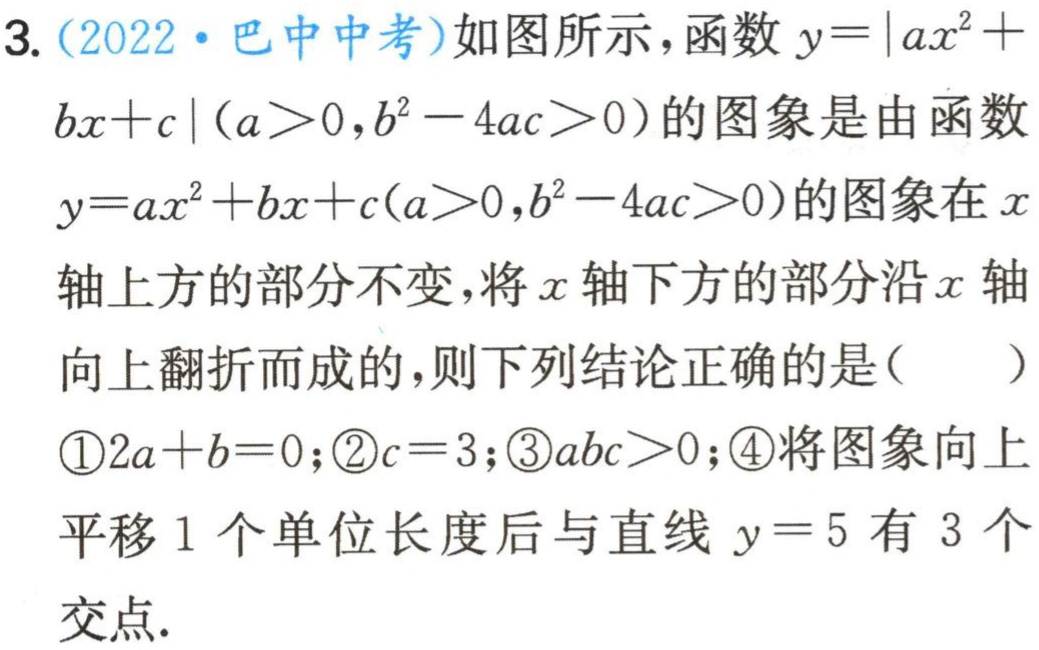
3.（2022·巴中中考）如图所示，函数$y = |ax^{2}+bx + c|(a>0,b^{2}-4ac>0)$的图象是由函数$y = ax^{2}+bx + c(a>0,b^{2}-4ac>0)$的图象在$x$轴上方的部分不变，将$x$轴下方的部分沿$x$轴向上翻折而成的，则下列结论正确的是（  ）
\textcircled{1}$2a + b = 0$；\textcircled{2}$c = 3$；\textcircled{3}$abc>0$；\textcircled{4}将图象向上平移$1$个单位长度后与直线$y = 5$有$3$个交点.